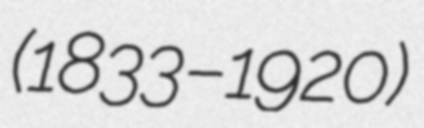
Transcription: (1833–1920)